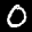
Label: 0